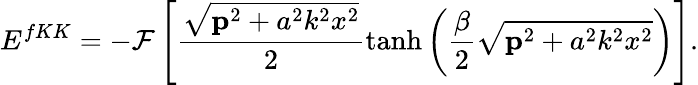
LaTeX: E^{fKK}=-{\cal{F}}\left[\frac{\sqrt{{\mathbf p}^{2}+a^{2}k^{2}x^{2}}}{2}\operatorname{tanh}\left(\frac{\beta}{2}\sqrt{{\mathbf p}^{2}+a^{2}k^{2}x^{2}}\right)\right].